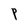
Character: P